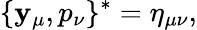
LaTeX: \{ \mathbf{y}_{\mu},p_{\nu}\} ^{*}=\eta_{\mu\nu},